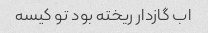
اب گازدار ریخته بود تو کیسه